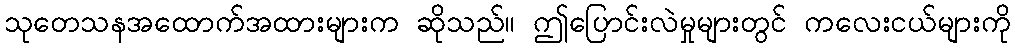
သုတေသနအထောက်အထားများက ဆိုသည်။ ဤပြောင်းလဲမှုများတွင် ကလေးငယ်များကို